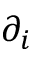
\partial _ { i }